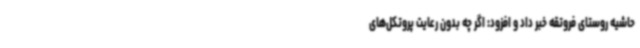
حاشیه روستای فروتقه خبر داد و افزود: اگر چه بدون رعایت پروتکل‌های